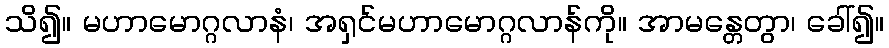
သိ၍။ မဟာမောဂ္ဂလာနံ၊ အရှင်မဟာမောဂ္ဂလာန်ကို။ အာမန္တေတွာ၊ ခေါ်၍။